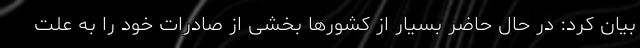
بیان کرد: در حال حاضر بسیار از کشورها بخشی از صادرات خود را به علت